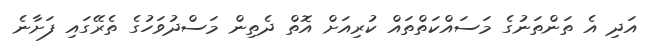
އަދި އެ ތަންތަނުގެ މަސައްކަތްތައް ކުރިއަށް އޮތް ދެތިން މަސްދުވަހުގެ ތެރޭގައި ފަށާނެ